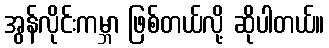
အွန်လိုင်းကမ္ဘာ ဖြစ်တယ်လို့ ဆိုပါတယ်။